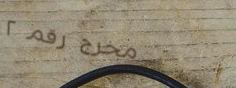
مخرج رقم ٢